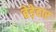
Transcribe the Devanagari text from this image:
बेड़ेदार